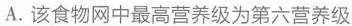
A.该食物网中最高营养级为第六营养级